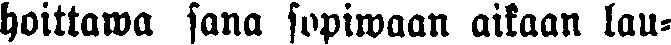
hoittawa sana sopiwaan aikaan lau-